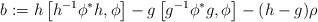
LaTeX: \begin{align*}b:=h\left[h^{-1}\phi^*h,\phi\right]-g\left[g^{-1}\phi^*g,\phi\right]-(h-g)\rho\end{align*}